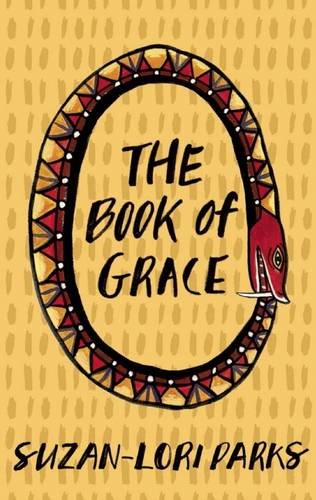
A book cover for The Book of Grace; Suzan-Lori Parks; Literature & Fiction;